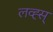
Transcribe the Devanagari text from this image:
लव्ह्स्